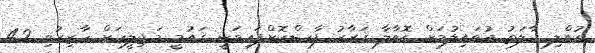
ކުއްލި ހާލަތު އުވައިލުމަށް ގޮވާލާ ޤަރާރު ފާސްކޮށްފައިވަނީ ޤައުމީ މަޖިލީހަށް ހާޒިރުވި 42